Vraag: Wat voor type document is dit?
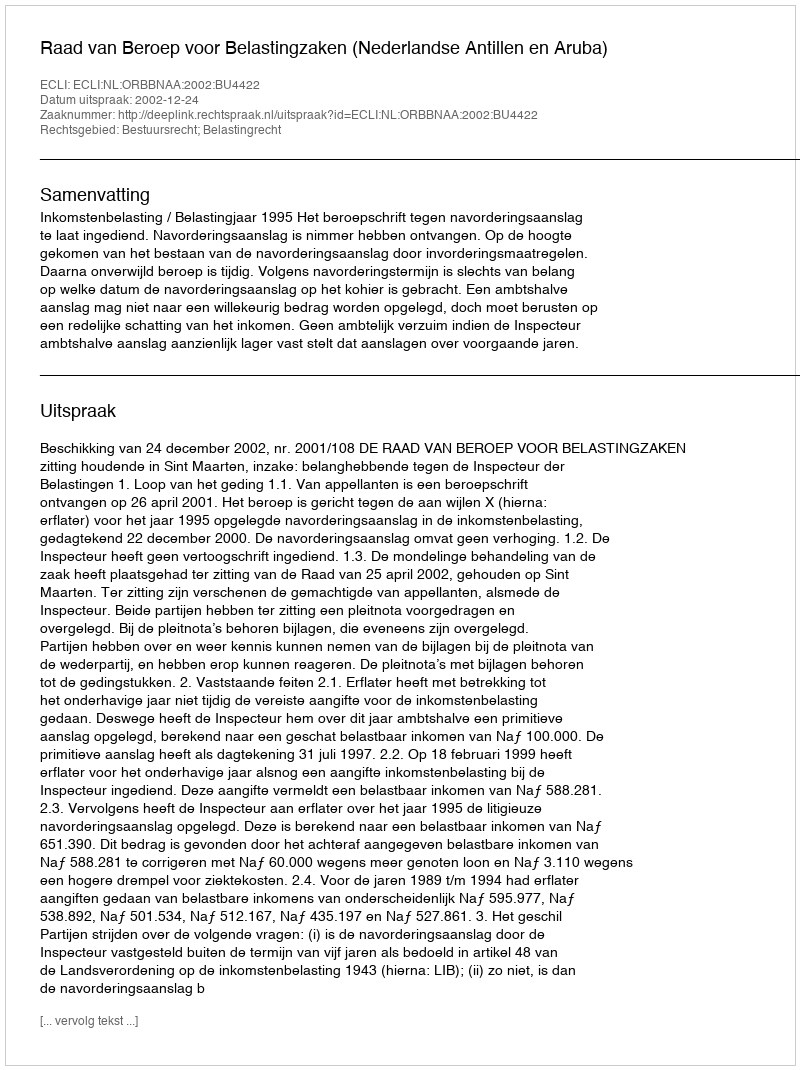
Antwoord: Uitspraak